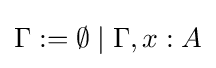
\Gamma :=\emptyset \mid \Gamma ,x:A